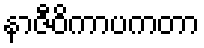
နာဇီဝိကာပကတာ